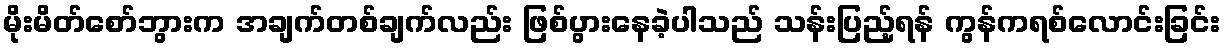
မိုးမိတ်စော်ဘွားက အချက်တစ်ချက်လည်း ဖြစ်ပွားနေခဲ့ပါသည် သန်းပြည့်ရန် ကွန်ကရစ်လောင်းခြင်း